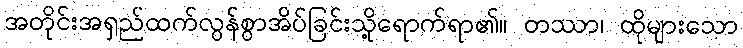
အတိုင်းအရှည်ထက်လွန်စွာအိပ်ခြင်းသို့ရောက်ရာ၏။ တဿာ၊ ထိုများသော